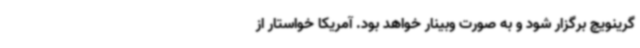
گرینویچ برگزار شود و به صورت وبینار خواهد بود. آمریکا خواستار از